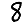
Digit: 8